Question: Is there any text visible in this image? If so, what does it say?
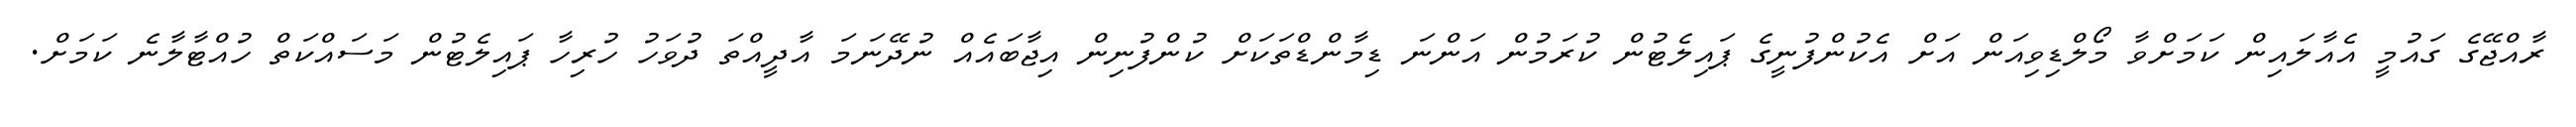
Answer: ރާއްޖޭގެ ގައުމީ އެއާލައިން ކަމަށްވާ މޯލްޑިވިއަން އަށް އެކުންފުނީގެ ޕައިލެޓުން ކުރަމުން އަންނަ ޑިމާންޑްތަކަށް ކުންފުނިން އިޖާބައެއް ނުދޭނަމަ އާދީއްތަ ދުވަހު ހުރިހާ ޕައިލެޓުން މަސައްކަތް ހުއްޓާލާނެ ކަމަށް.